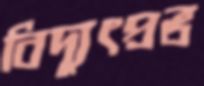
বিদ্যুৎপ্রভ